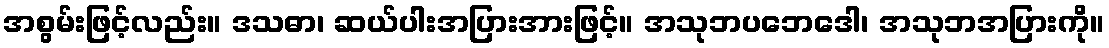
အစွမ်းဖြင့်လည်း။ ဒသဓာ၊ ဆယ်ပါးအပြားအားဖြင့်။ အသုဘပဘေဒေါ၊ အသုဘအပြားကို။